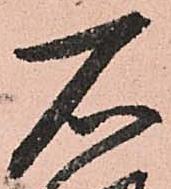
石